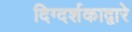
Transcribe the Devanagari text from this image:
दिग्दर्शकाद्वारे